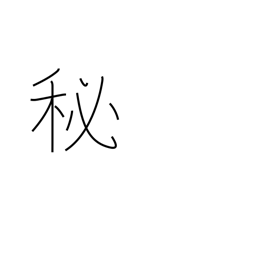
Meaning: secret